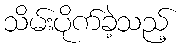
သိမ်းပိုက်ခဲ့သည့်